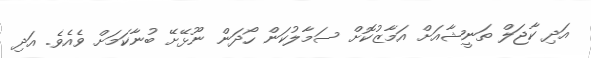
އަދި ކާޖަލް ތަނީޝާއަށް އަމާޒުކޮށް ސަމާލުކަން ހޯދަން ނޫޅޭށޭ ބުނާކަމަށް ވެއެވެ. އަދި